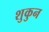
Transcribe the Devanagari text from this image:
शुकुन